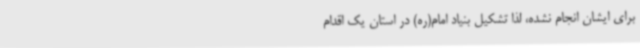
برای ایشان انجام نشده، لذا تشکیل بنیاد امام(ره) در استان یک اقدام